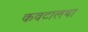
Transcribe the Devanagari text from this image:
कवटालथा